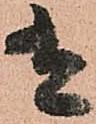
有